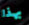
بهذا